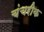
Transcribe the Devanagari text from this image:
चंचरीक